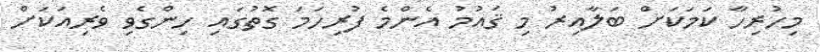
މިހުރިހާ ކަމަކަށް ބަލާއިރު މި ޤައުމު އެންމެ ފުރިހަމަ ގޮތުގައި ހިންގެވި ވެރިއަކަށް